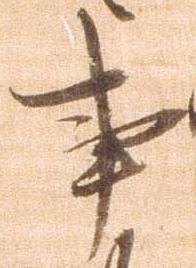
事